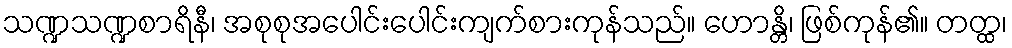
သဏ္ဍသဏ္ဍစာရိနီ၊ အစုစုအပေါင်းပေါင်းကျက်စားကုန်သည်။ ဟောန္တိ၊ ဖြစ်ကုန်၏။ တတ္ထ၊